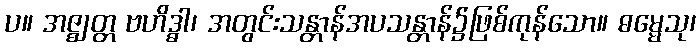
ပ။ အဇ္ဈတ္တ ဗဟိဒ္ဓါ၊ အတွင်းသန္တာန်အပသန္တာန်၌ဖြစ်ကုန်သော။ ဓမ္မေသု၊